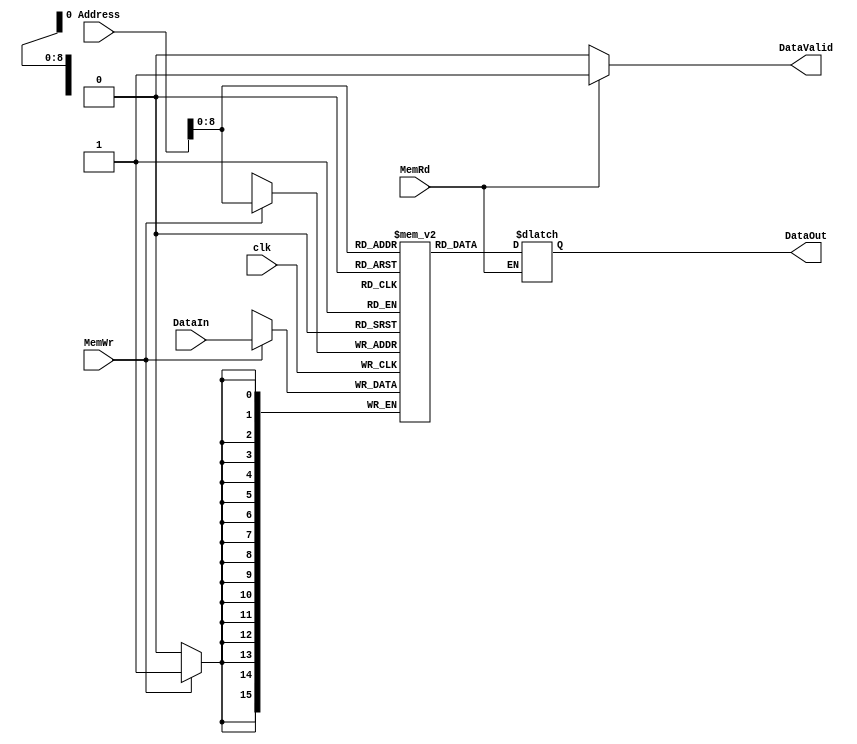
module lab6_DMEM(input clk,
                 input [15:0] Address, //only lsbyte is used
                 input [15:0] DataIn,
                 input MemWr,
                 input MemRd,
                 output reg DataValid,
			     output reg [15:0] DataOut);

	reg [15:0] Data [256:0]; 
	
	initial begin
		Data[48] = 16'h000B; //count address. count = 11
		Data[49] = 16'h0001; 
		Data[50] = 16'h0002; 
		Data[51] = 16'h0003; 
		Data[52] = 16'h0004; 
		Data[53] = 16'h0005; 
		Data[54] = 16'h0006; 
		Data[55] = 16'h0007; 
		Data[56] = 16'h0008; 
		Data[57] = 16'h0009; 
		Data[58] = 16'h000A; 
		Data[59] = 16'h000B;
		//sum should be 66, or 0x42 
		DataOut <= 0;
	end
	
	always@(posedge clk)
	begin
		if (MemWr) Data[Address] <= DataIn;
	end
	
	always@(*)
	begin
		if(MemRd)
		begin
			DataOut <= Data[Address];
			DataValid <= 1;
		end
		else
			DataValid <= 0;
	end
	
	
endmodule